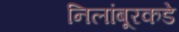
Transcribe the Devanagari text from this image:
निलांबूरकडे